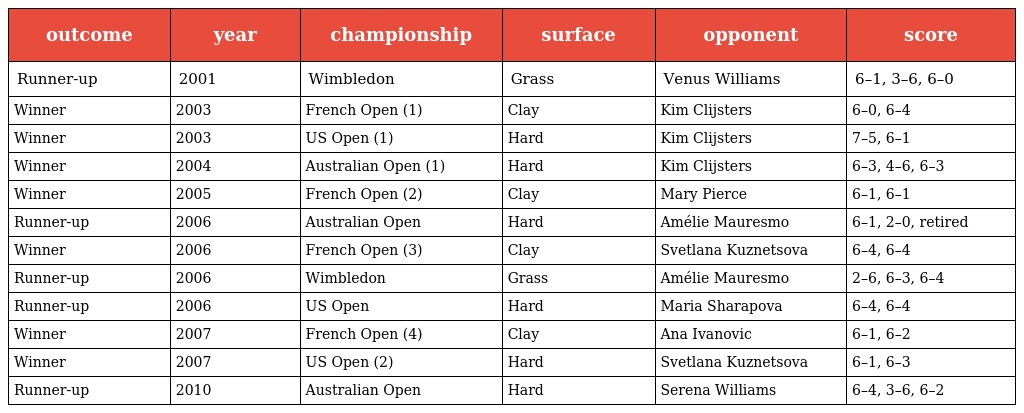
| outcome | year | championship | surface | opponent | score |
 | --- | --- | --- | --- | --- | --- |
 | Runner-up | 2001 | Wimbledon | Grass | Venus Williams | 6–1, 3–6, 6–0 |
 | Winner | 2003 | French Open (1) | Clay | Kim Clijsters | 6–0, 6–4 |
 | Winner | 2003 | US Open (1) | Hard | Kim Clijsters | 7–5, 6–1 |
 | Winner | 2004 | Australian Open (1) | Hard | Kim Clijsters | 6–3, 4–6, 6–3 |
 | Winner | 2005 | French Open (2) | Clay | Mary Pierce | 6–1, 6–1 |
 | Runner-up | 2006 | Australian Open | Hard | Amélie Mauresmo | 6–1, 2–0, retired |
 | Winner | 2006 | French Open (3) | Clay | Svetlana Kuznetsova | 6–4, 6–4 |
 | Runner-up | 2006 | Wimbledon | Grass | Amélie Mauresmo | 2–6, 6–3, 6–4 |
 | Runner-up | 2006 | US Open | Hard | Maria Sharapova | 6–4, 6–4 |
 | Winner | 2007 | French Open (4) | Clay | Ana Ivanovic | 6–1, 6–2 |
 | Winner | 2007 | US Open (2) | Hard | Svetlana Kuznetsova | 6–1, 6–3 |
 | Runner-up | 2010 | Australian Open | Hard | Serena Williams | 6–4, 3–6, 6–2 |